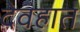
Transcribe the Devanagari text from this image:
देवहात